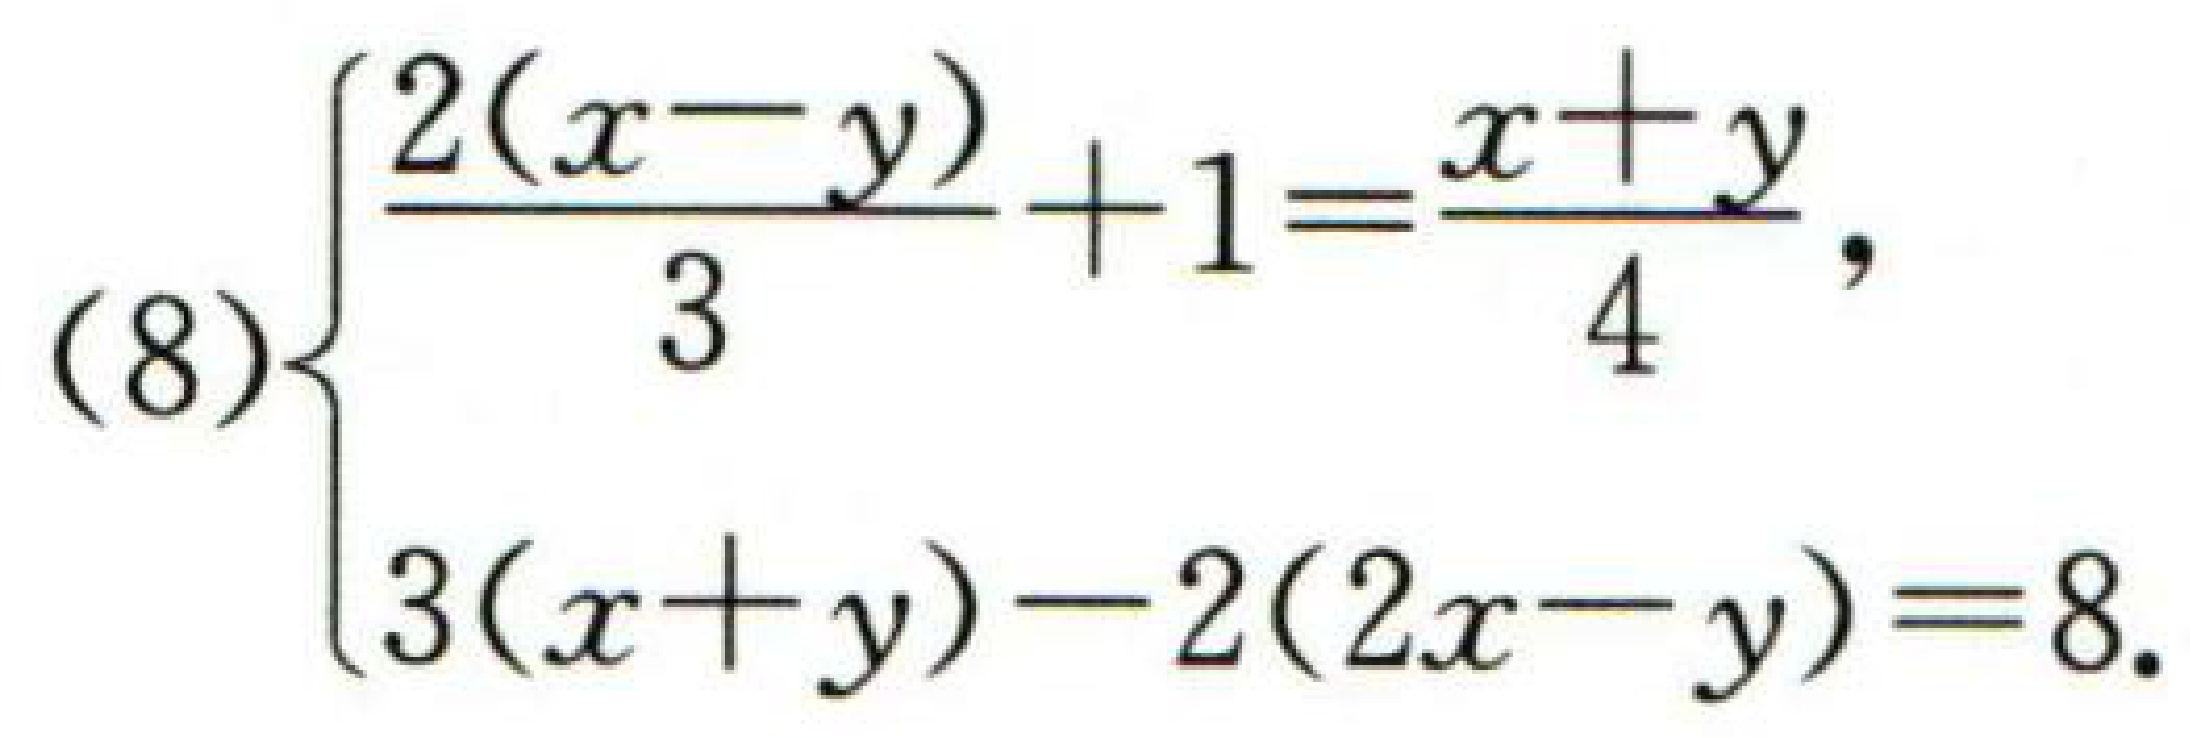
\[

(8)\left\{

\begin{array}{l}

\frac{2(x - y)}{3}+1=\frac{x + y}{4},\\

3(x + y)-2(2x - y)=8.

\end{array}

\right.

\]